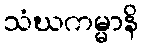
သံဃကမ္မာနိ